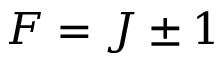
F = J \pm 1